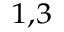
^ { 1 , 3 }